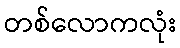
တစ်လောကလုံး